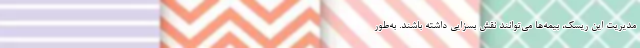
مدیریت این ریسک، بیمه‌ها می‌توانند نقش بسزایی داشته باشند. به‌طور